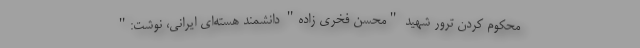
محکوم کردن ترور شهید "محسن فخری زاده" دانشمند هسته‌ای ایرانی، نوشت:"